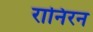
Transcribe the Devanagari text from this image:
रानिरन